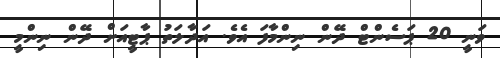
ވަނީ 20 ޕަސެންޓް ދޭން ނިންމާފަ އެވެ. އަދާލަތު ޕާޓީއަށް ދޭން ނިންމީ